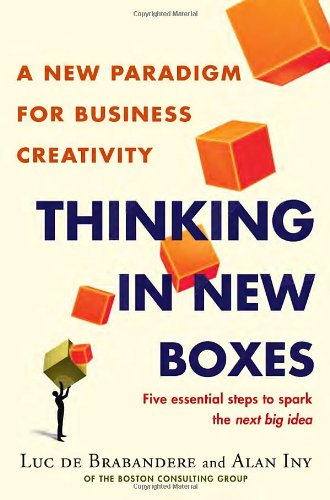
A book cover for Thinking in New Boxes: A New Paradigm for Business Creativity; Luc De Brabandere; Health, Fitness & Dieting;